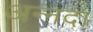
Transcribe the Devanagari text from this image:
अन्नदा